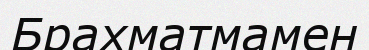
Брахматмамен